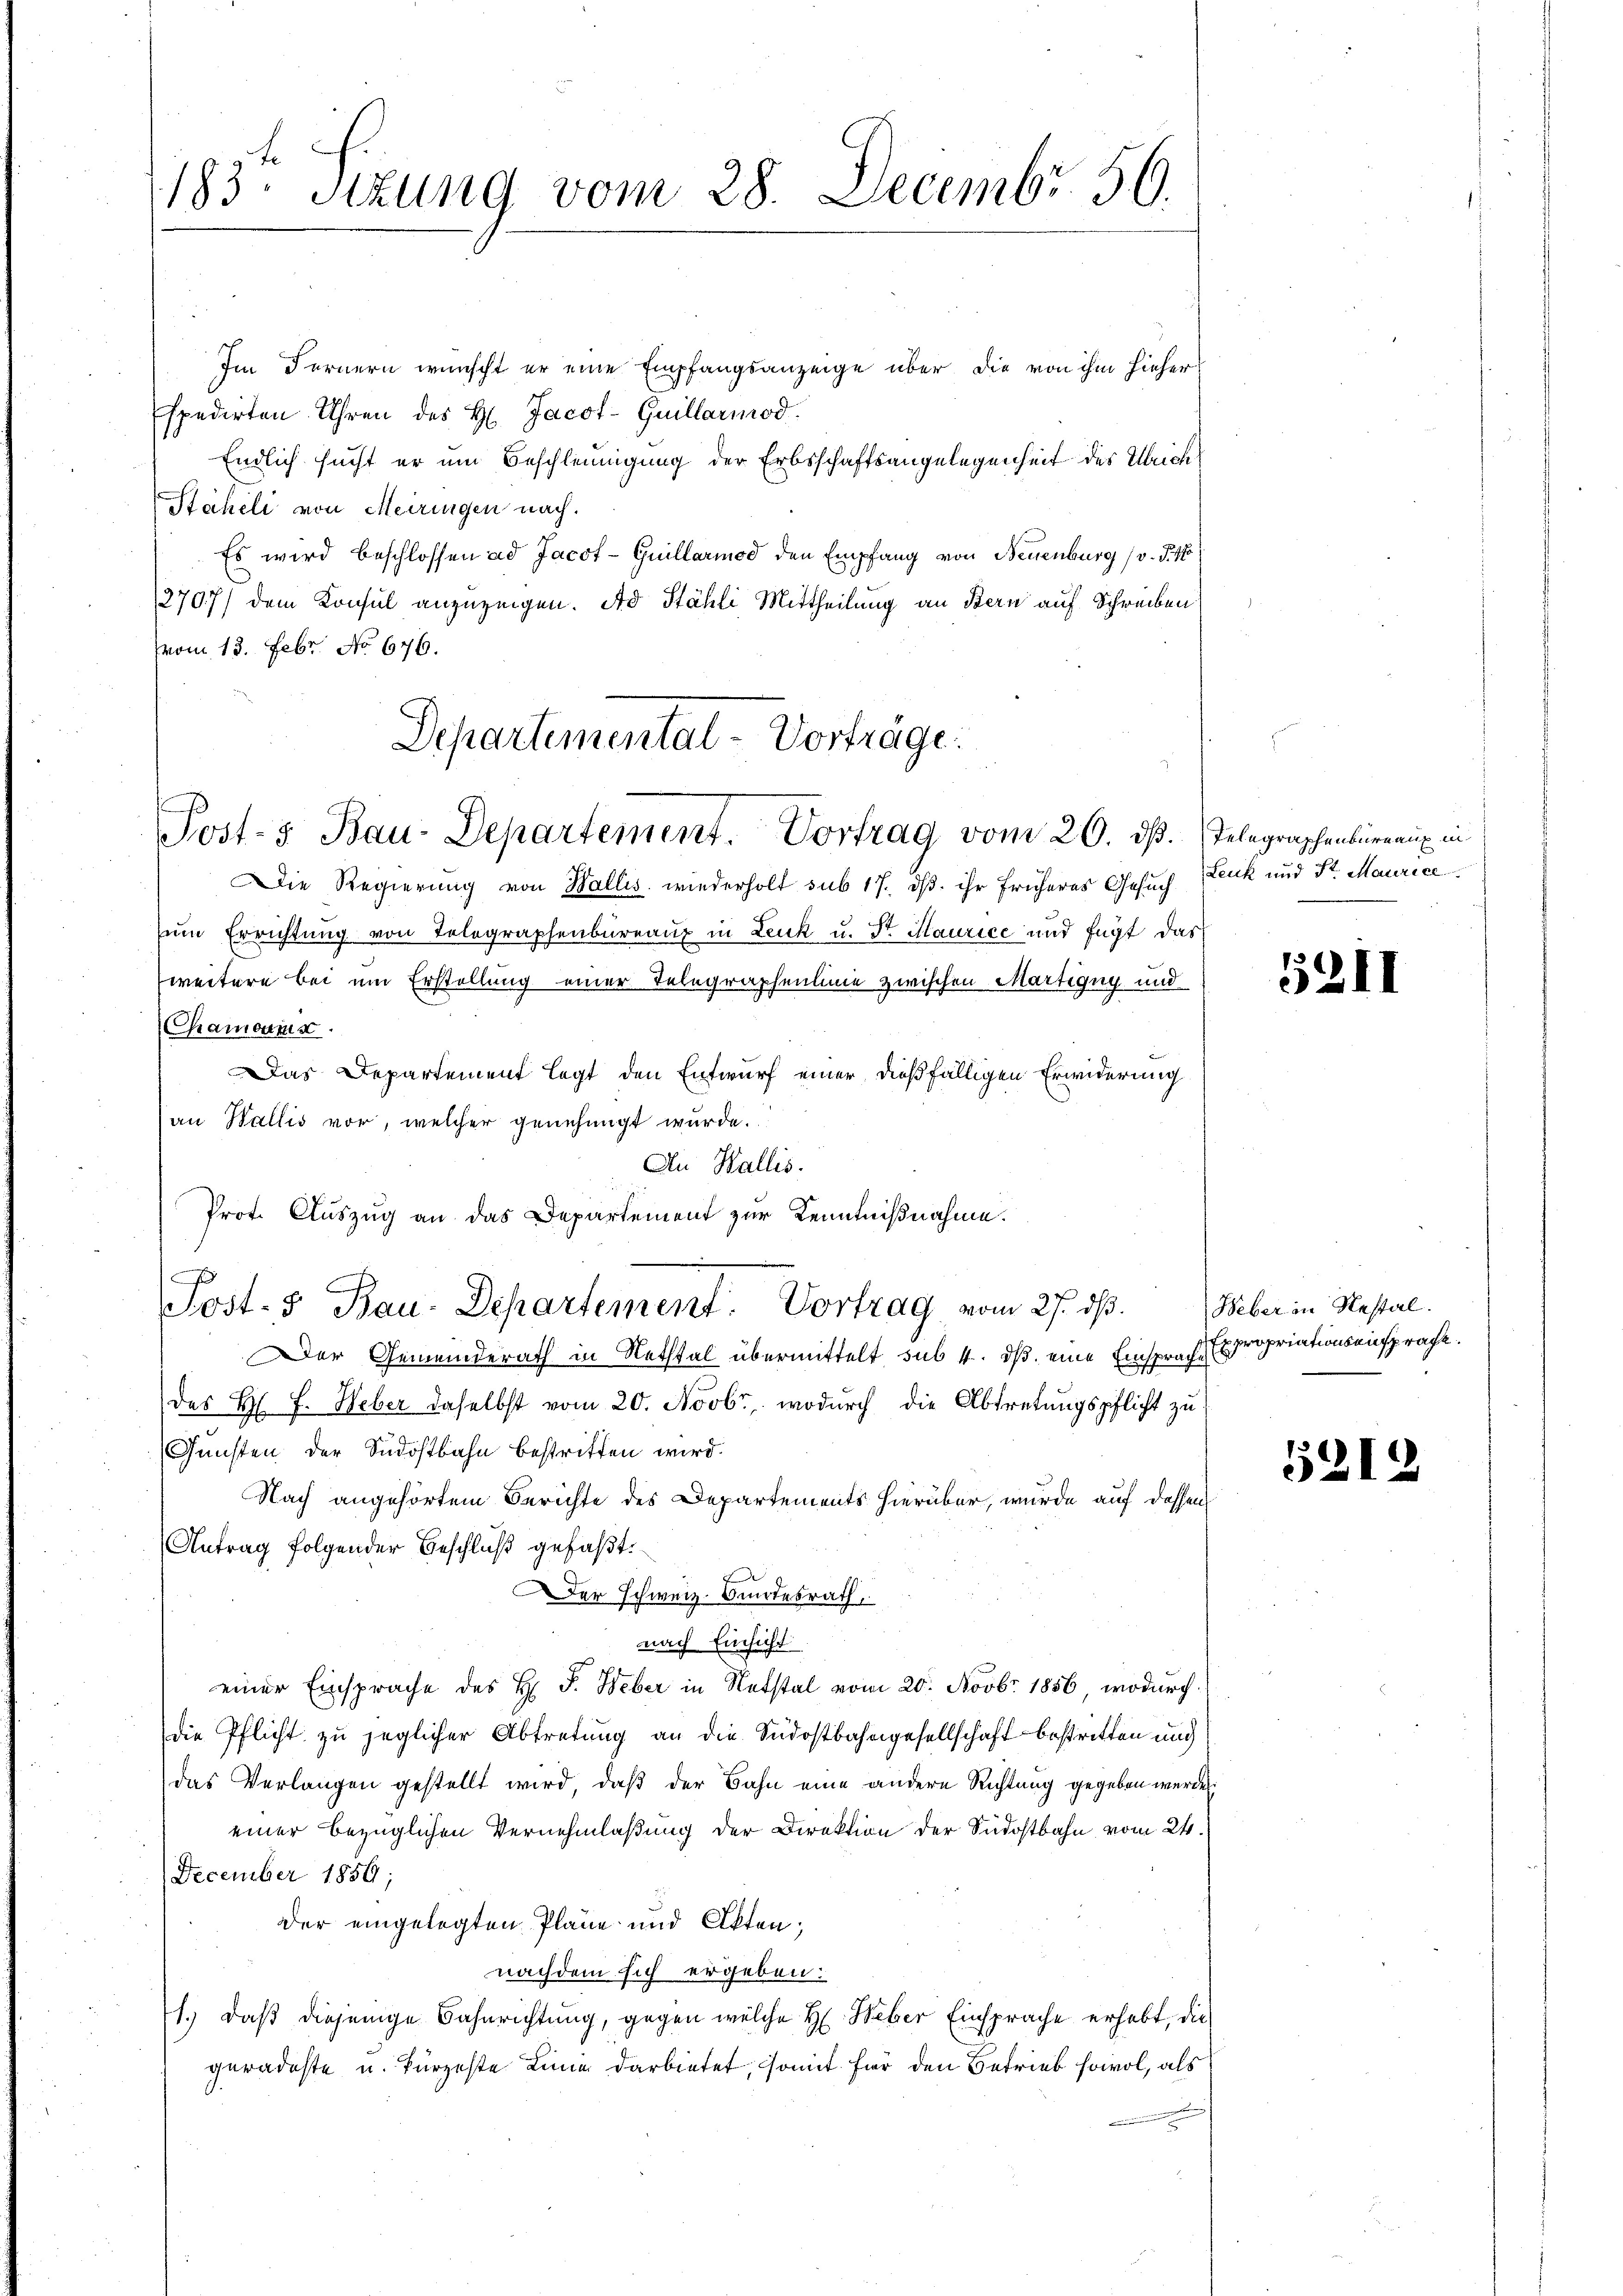
183. Sitzung vom 28. Decembr. 50.

Im Fernern wünscht er eine Empfangsanzeige über die von ihm hieher
spedirten Uhren des H. Jacot-Guillarmod.
Endlich sucht er um Beschleunigung der Erbsschaftsangelegenheit des Ulrich
Stäheli von Meiringen nach.
Es wird beschlossen ad Jacot-Guillariod den Empfang von Neuenburg (v. §. 47
3707) dem Konsul anzuzeigen. Ad Stähli Mittheilung an Bern auf Schreiben
Vvom 13. Febr. No 676.
Departemental-Vorträge:

Post- & Bau-Departement. Vortrag vom 20. ds. Telegraphenbüreaux in

Post-5 Bau-Departement. Vortrag vom 27. ds. Weber in Restal

Die Regierung von Wallis, wiederholt sub 17, dß ihr früheres Gesuch
zum Errichtung von Telegraphenbureaux in Leuk u. Sr. Maurice und fügt das
weitere bei um Erstellung einer Telegraphenlinie zwischen Martigug und
(Chamoais.
Das Departement legt den Entwurf einer dießfälligen Erwiderung
an Wallis vor, welcher genehmigt wurde.
An Wallis.
Prot. Auszug an das Departement zur Kenntnißnahme.
Der Gemeinderath in Nethtal übermittelt sub 4. ds. eine Einsprach Expropriationseinsprache.
des H. J. Weber daselbst vom 20. Novbr., wodurch die Abtretungspflicht zu
Gunsten der Südostbahn bestritten wird.
Nach angehörtem Berichte des Departements hierüber, wurde auf dessen
Antrag folgender Beschluß gefaßt.
Der Schweiz. Bundesrath,
nach Einsicht
einer Einsprache des H. F. Heber in Notstal vom 20. Novbr. 1856, wodurch
die Pflicht zu jeglicher Abtretung an die Südostbahngesellschaft bestritten und
das Verlangen gestellt wird, daß der Bahn eine andere Richtung gegeben werden.
einer bezüglichen Vernehmlaßung der Direktion der Südostbahn vom 24.
December 1859;
der eingelegten Pläne und Akten;
nachdem sich ergeben:
1.) Daß diejenige Bahnrichtung, gegen welche H. Weber Einsprache erhebt, die
geradeste u. kürzeste Linie darbietet, somit für den Betrieb sowol, als

Leuk und Sr. Maurice

5211

5212